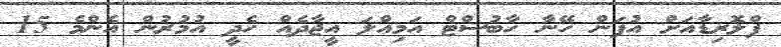
ފްލޮރިޑާއަށް އުފަން ހޭނާ ހާބުސްޓް އަމިއްލަ އީޖާދެއް ހެދީ އުމުރުން އެންމެ 15